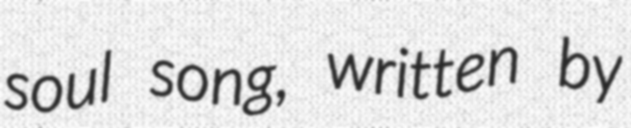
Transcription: soul song, written by